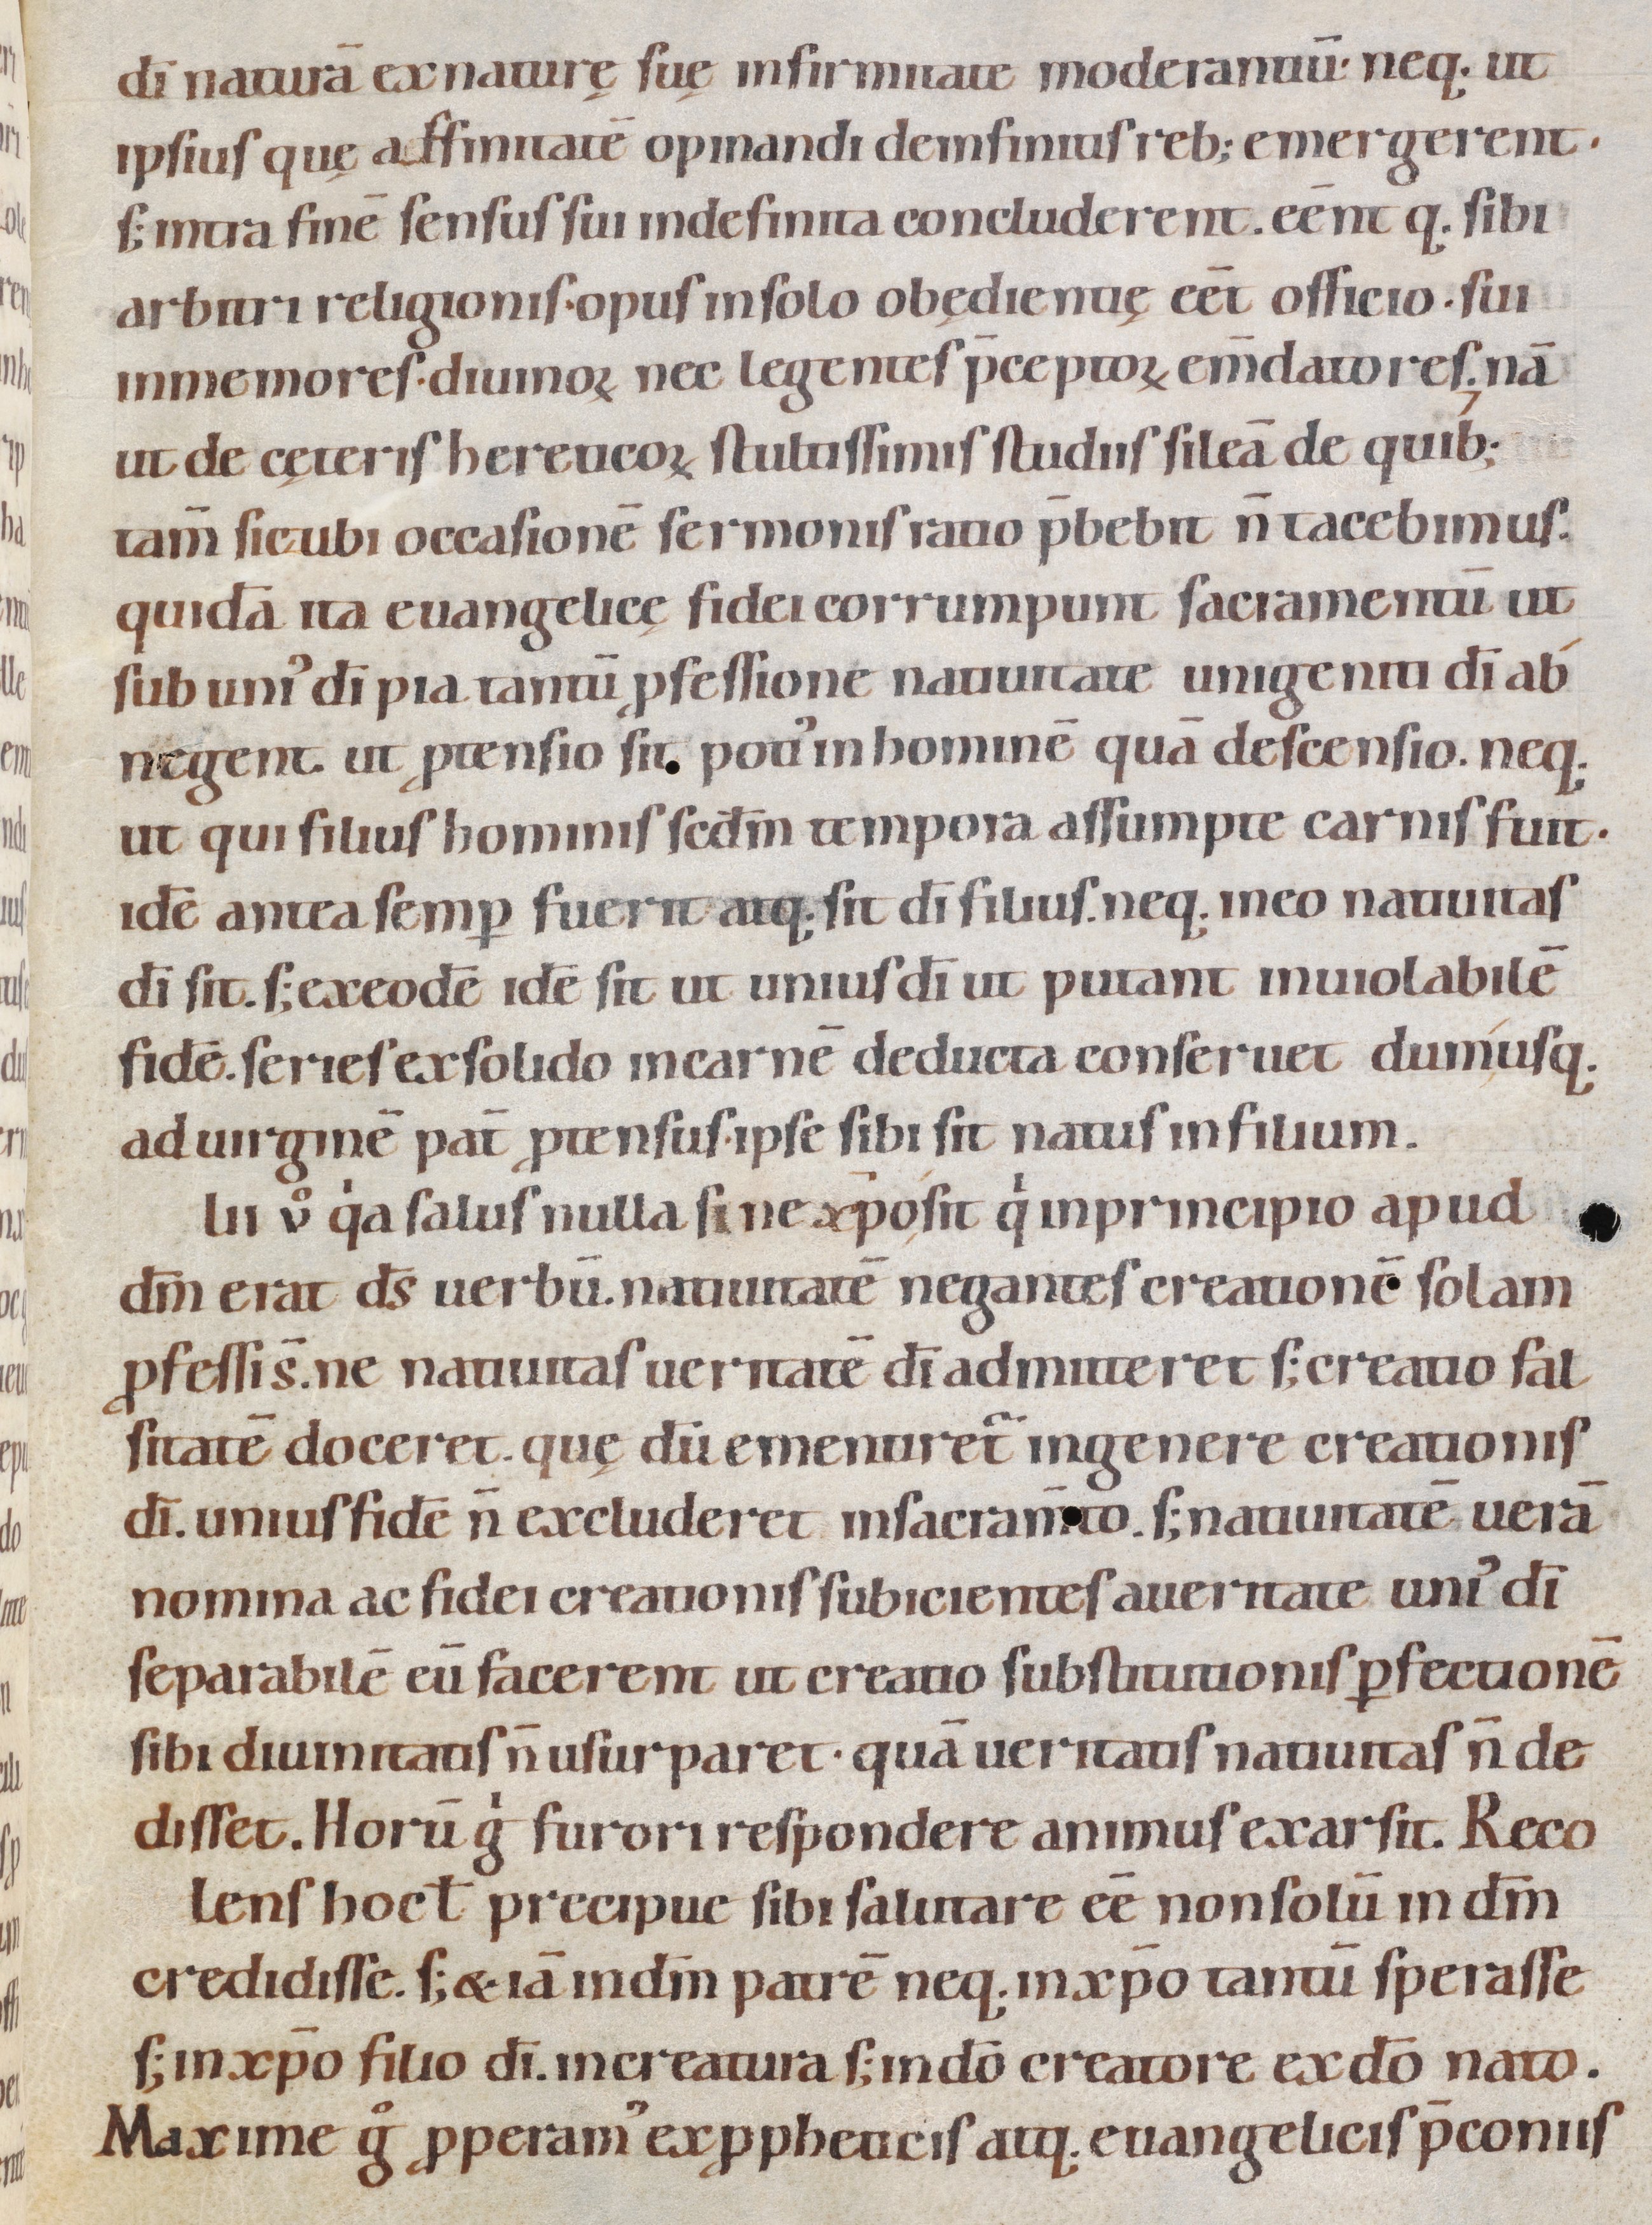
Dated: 1080–1096